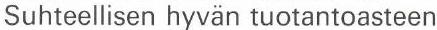
Suhteellisen hyvän tuotantoasteen